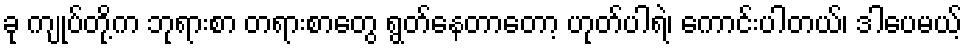
ခု ကျုပ်တို့က ဘုရားစာ တရားစာတွေ ရွတ်နေတာတော့ ဟုတ်ပါရဲ၊ ကောင်းပါတယ်၊ ဒါပေမယ့်